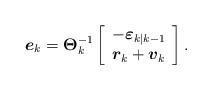
LaTeX: \begin{align*}{{\boldsymbol{e}}_k} = {\boldsymbol{\Theta }}_k^{ - 1}\left[ {\begin{array}{*{20}{c}} { - {{\boldsymbol{\varepsilon }}_{k|k - 1}}} \\ {{{\boldsymbol{r}}_k} + {{\boldsymbol{v}}_k}} \end{array}} \right].\end{align*}